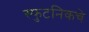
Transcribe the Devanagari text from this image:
स्फुटनिकचे